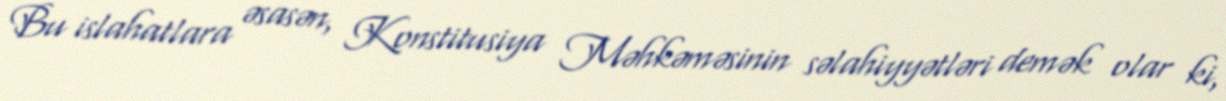
Bu islahatlara əsasən, Konstitusiya Məhkəməsinin səlahiyyətləri demək olar ki,